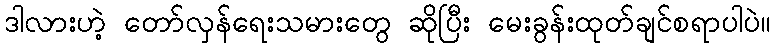
ဒါလားဟဲ့ တော်လှန်ရေးသမားတွေ ဆိုပြီး မေးခွန်းထုတ်ချင်စရာပါပဲ။